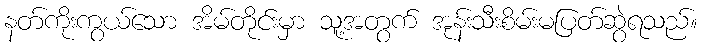
နတ်ကိုးကွယ်သော အိမ်တိုင်းမှာ သူ့အတွက် အုန်းသီးစိမ်းမပြတ်ဆွဲရသည်။